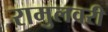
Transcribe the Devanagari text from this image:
रामुलवरी